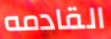
القادمه